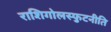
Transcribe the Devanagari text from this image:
राशिगोलस्फुटनीति